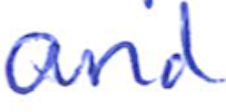
Text: and
Cross-out: clean
Writing tool: ballpoint